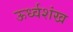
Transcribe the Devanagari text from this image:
ऊर्ध्वशंख